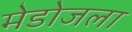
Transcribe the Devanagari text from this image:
मेडोजला